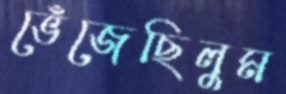
ভেঁজেছিলুম